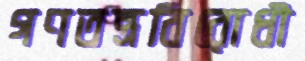
গণতন্ত্রবিরোধী